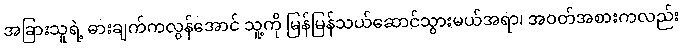
အခြားသူရဲ့ ဓားချက်ကလွန်အောင် သူ့ကို မြန်မြန်သယ်ဆောင်သွားမယ်အရာ၊ အဝတ်အစားကလည်း